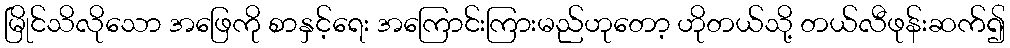
မြိုင်သိလိုသော အဖြေကို စာနှင့်ရေး အကြောင်းကြားမည်ဟုတော့ ဟိုတယ်သို့ တယ်လီဖုန်းဆက်၍